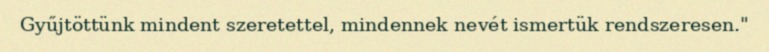
Gyűjtöttünk mindent szeretettel, min­dennek nevét ismertük rendszeresen."